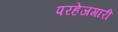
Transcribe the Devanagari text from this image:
परहेजगारी